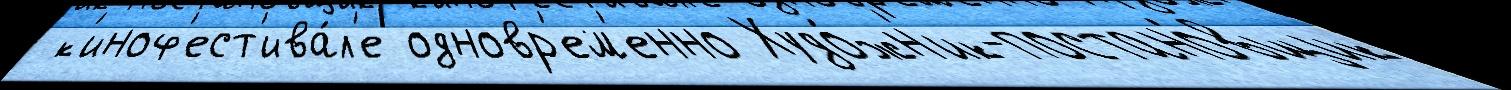
 к'иноф'ест'ива́л'е одновр'ем'енно Худо́жн'ик-постано́вщик